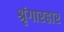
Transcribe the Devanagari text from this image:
श्रृंगारहार